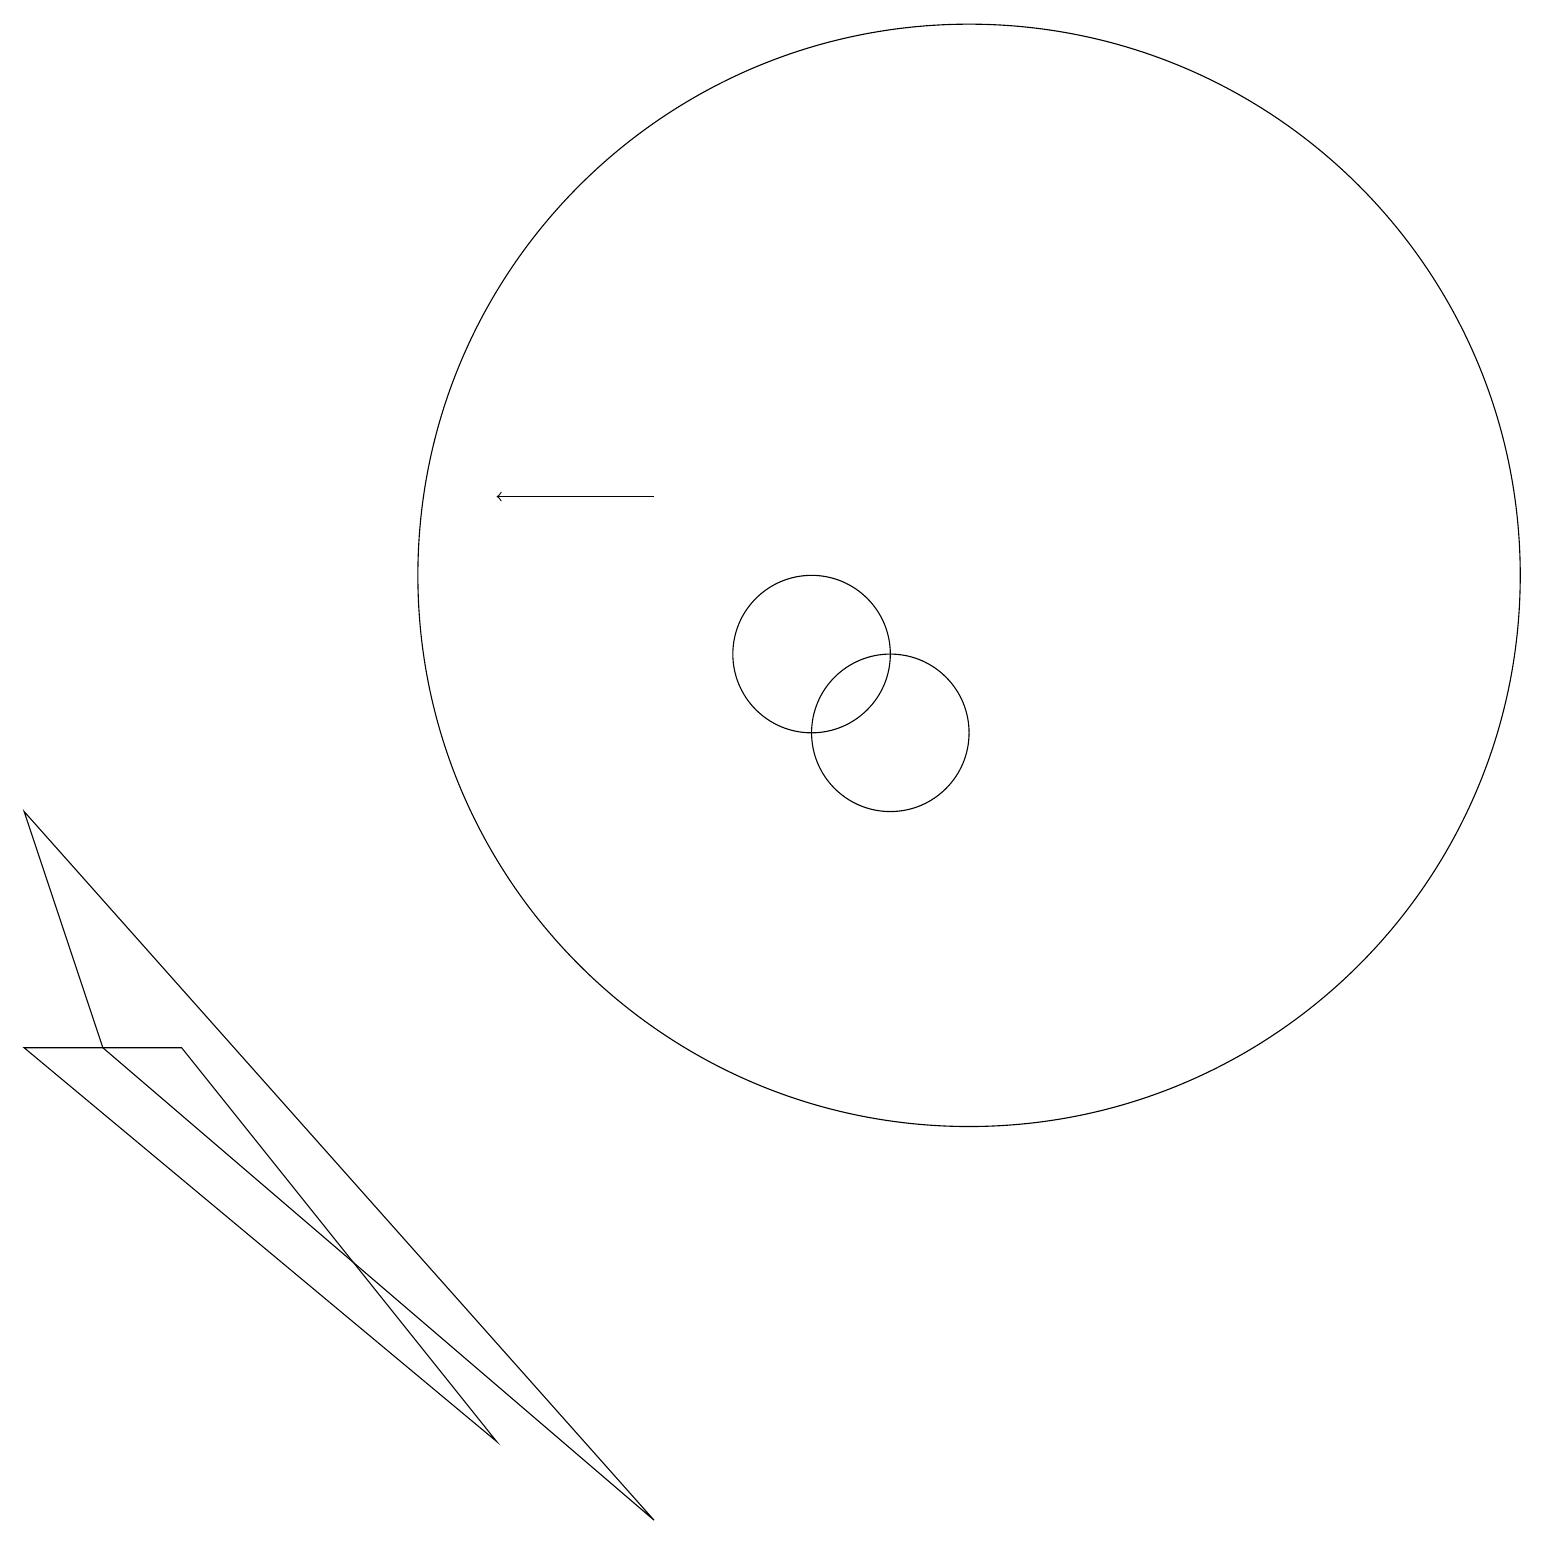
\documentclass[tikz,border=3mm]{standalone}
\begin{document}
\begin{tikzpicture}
\draw[->] (8,13) -- (6,13);
\draw (10,11) circle (1);
\draw (12,12) circle (7);
\draw (8,0) -- (1,6) -- (0,9) -- cycle;
\draw (0,6) -- (2,6) -- (6,1) -- cycle;
\draw (11,10) circle (1);
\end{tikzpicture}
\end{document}